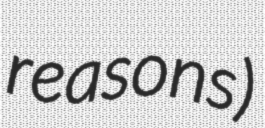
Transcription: reasons)